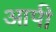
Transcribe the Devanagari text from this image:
आपी